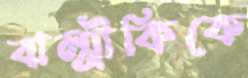
বাল্মীকিকে